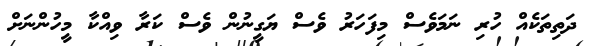
ދަތިތަކެއް ހުރި ނަމަވެސް މިފަހަރު ވެސް ޔަގީނުން ވެސް ކަރާ ވިއްކާ މީހުންނަށް